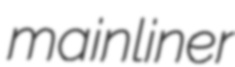
mainliner